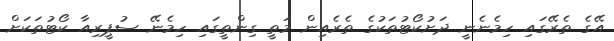
އޭގެ ތެރޭގައި ހިމެނެނީ ދަށުކޯޓުތަކުގެ ތެރެއިން މަތީ ގިންތީގައި ހިމެނޭ ސުޕީރިއާ ކޯޓުތަކަށް